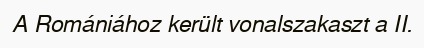
A Romániához került vonalszakaszt a II.